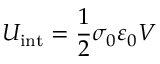
U _ { \mathrm { i n t } } = \frac 1 2 \sigma _ { 0 } \varepsilon _ { 0 } V